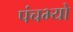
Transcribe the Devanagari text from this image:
पंचभ्यो